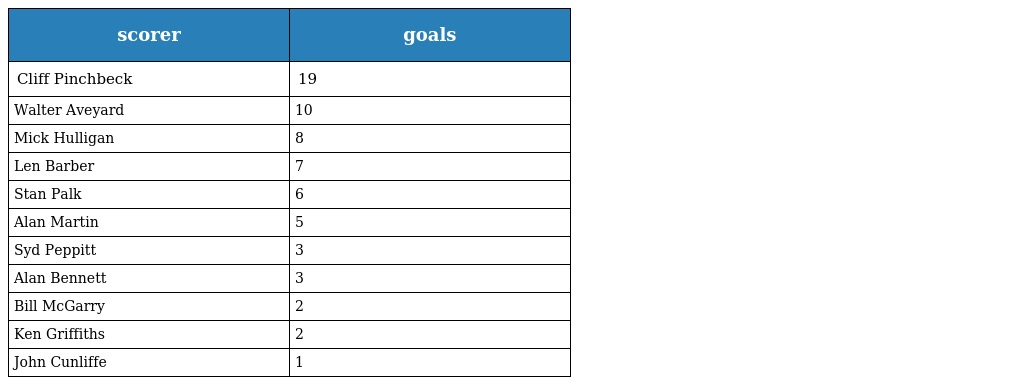
| scorer | goals |
 | --- | --- |
 | Cliff Pinchbeck | 19 |
 | Walter Aveyard | 10 |
 | Mick Hulligan | 8 |
 | Len Barber | 7 |
 | Stan Palk | 6 |
 | Alan Martin | 5 |
 | Syd Peppitt | 3 |
 | Alan Bennett | 3 |
 | Bill McGarry | 2 |
 | Ken Griffiths | 2 |
 | John Cunliffe | 1 |